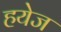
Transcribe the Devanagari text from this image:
हयेज